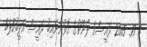
:  17